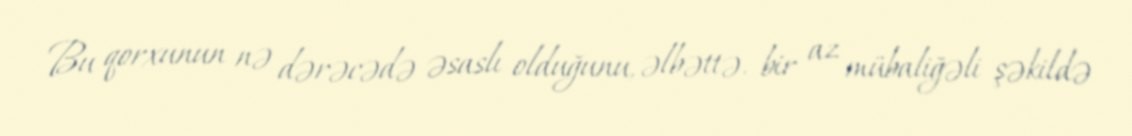
Bu qorxunun nə dərəcədə əsaslı olduğunu, əlbəttə, bir az mübaliğəli şəkildə